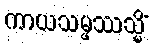
ကာယသမ္ဖဿသ္မိံ